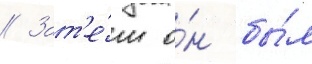
// Зат'е́м о́н бы́л